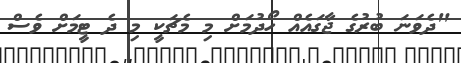
"ދެވަނަ ބުރުގެ ޖާގައެއް ހޯދުމަށް މި މެޗަކީ މި ދެ ޓީމަށް ވެސް